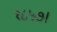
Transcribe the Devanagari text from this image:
१८५७।